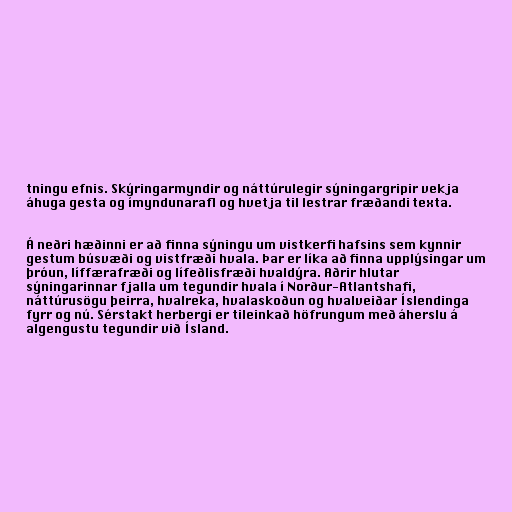
tningu efnis. Skýringarmyndir og náttúrulegir sýningargripir vekja
áhuga gesta og ímyndunarafl og hvetja til lestrar fræðandi texta.

Á neðri hæðinni er að finna sýningu um vistkerfi hafsins sem kynnir
gestum búsvæði og vistfræði hvala. Þar er líka að finna upplýsingar um
þróun, líffærafræði og lífeðlisfræði hvaldýra. Aðrir hlutar
sýningarinnar fjalla um tegundir hvala í Norður-Atlantshafi,
náttúrusögu þeirra, hvalreka, hvalaskoðun og hvalveiðar Íslendinga
fyrr og nú. Sérstakt herbergi er tileinkað höfrungum með áherslu á
algengustu tegundir við Ísland.